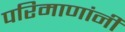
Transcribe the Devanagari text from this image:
परिमाणांनी